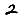
Digit: 2